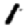
Digit: 1